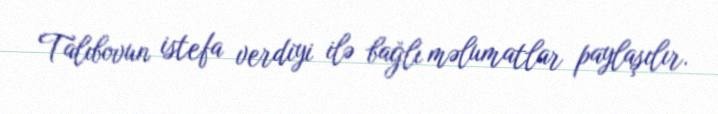
Talıbovun istefa verdiyi ilə bağlı məlumatlar paylaşılır.